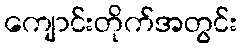
ကျောင်းတိုက်အတွင်း